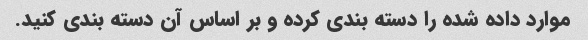
موارد داده شده را دسته بندی کرده و بر اساس آن دسته بندی کنید.